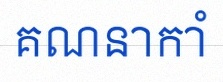
គណនាកាំ